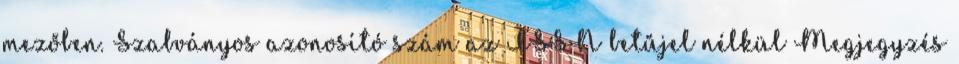
mezőben. Szabványos azonosító szám az ISSN betűjel nélkül Megjegyzés